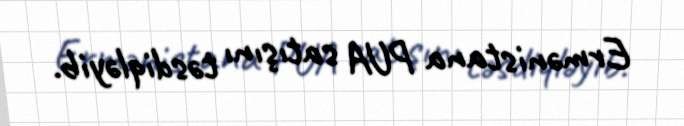
Ermənistana PUA satışını təsdiqləyib.